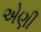
એણી